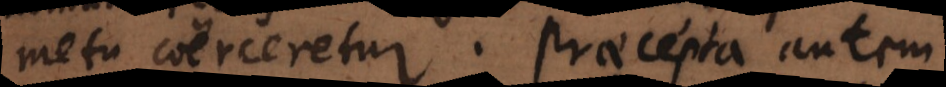
metu coerceretur. Praecepta autem